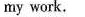
my work.